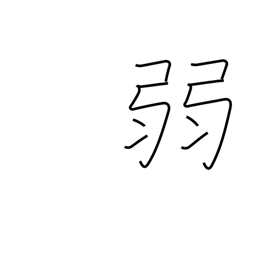
Meaning: frail